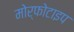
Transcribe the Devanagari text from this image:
मोर्फोटाइप